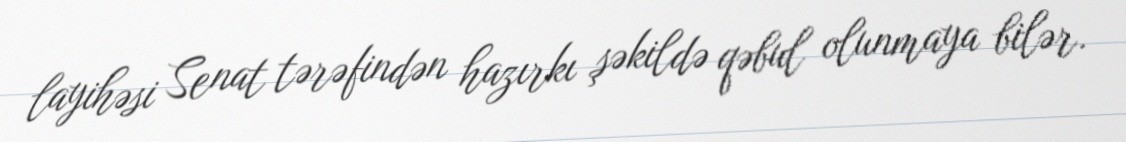
layihəsi Senat tərəfindən hazırkı şəkildə qəbul olunmaya bilər.